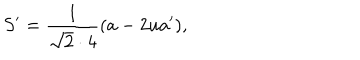
LaTeX: S ^ { \prime } = { \frac { 1 } { \sqrt 2 \cdot 4 } } ( a - 2 u a ^ { \prime } ) ,